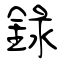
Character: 錄